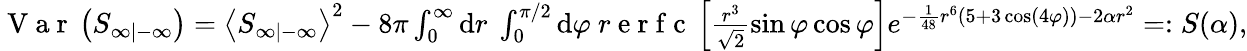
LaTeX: \begin{array}{r}{\mathrm{~V~a~r~}\left(S_{\infty|-\infty}\right)=\left\langle S_{\infty|-\infty}\right\rangle^{2}-8\pi\int_{0}^{\infty}\mathrm{d}r\ \int_{0}^{\pi/2}\mathrm{d}\varphi\ r\mathrm{~e~r~f~c~}\left[\frac{r^{3}}{\sqrt{2}}\sin\varphi\cos\varphi\right]e^{-\frac{1}{48}r^{6}(5+3\cos(4\varphi))-2\alpha r^{2}}=:S(\alpha),}\end{array}